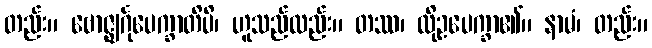
တည်း။ ဗောဇ္ဈင်္ဂုပေက္ခာတိပိ၊ ဟူသည်လည်း။ တဿ၊ ထိုဥပေက္ခာ၏။ နာမံ၊ တည်း။